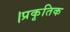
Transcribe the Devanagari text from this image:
।प्रकृतिक